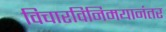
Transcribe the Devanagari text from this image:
विचारविनिमयानंतर